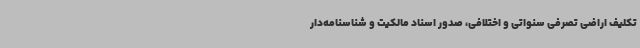
تکلیف اراضی تصرفی سنواتی و اختلافی، صدور اسناد مالکیت و شناسنامه‌دار